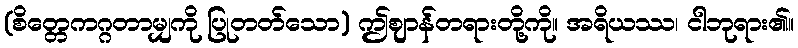
(စိတ္တေကဂ္ဂတာမျှကို ပြုတတ်သော) ဤဈာန်တရားတို့ကို။ အရိယဿ၊ ငါဘုရား၏။